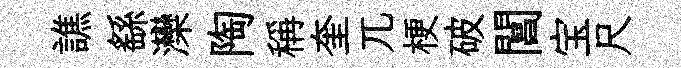
譙繇灤陶稱奎兀梗破閶宝尺